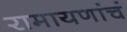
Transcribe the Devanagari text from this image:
रामायणांचं